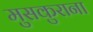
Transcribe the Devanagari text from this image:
मुसकुराना